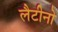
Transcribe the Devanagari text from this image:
लैटीनो